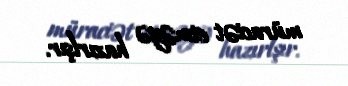
müraciət etməyə hazırlşır.